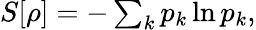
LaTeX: \begin{array}{r}{S[\rho]=-\sum_{k}p_{k}\ln{p_{k}},}\end{array}